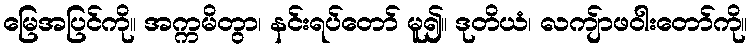
မြေအပြင်ကို။ အက္ကမိတွာ၊ နင်းရပ်တော် မူ၍။ ဒုတိယံ၊ လကျ်ာဖဝါးတော်ကို။